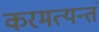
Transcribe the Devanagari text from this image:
करमत्यन्तं